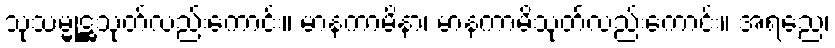
သုသမ္မုဋ္ဌသုတ်လည်းကောင်း။ မာနကာမိနာ၊ မာနကာမိသုတ်လည်းကောင်း။ အရညေ၊